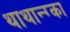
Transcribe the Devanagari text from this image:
थाथान्ग्का